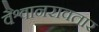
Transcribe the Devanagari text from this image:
वैश्वानरावतार